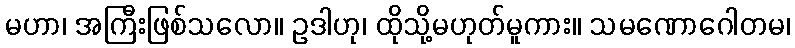
မဟာ၊ အကြီးဖြစ်သလော။ ဥဒါဟု၊ ထိုသို့မဟုတ်မူကား။ သမဏောဂေါတမ၊